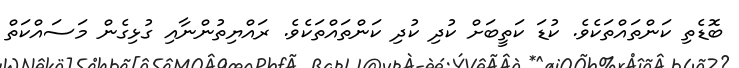
ބޮޑެތި ކަންތައްތަކެވެ. ކުޑަ ކަތީބަށް ކުދި ކުދި ކަންތައްތަކެވެ. ރައްޔިތުންނާއި ގުޅިގެން މަސައްކަތް